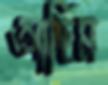
আছিম